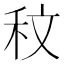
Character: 𮂹